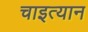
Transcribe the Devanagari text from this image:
चाइत्यान